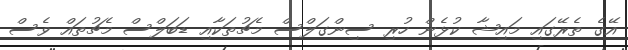
އޭގެ ތެރޭގައި މައިޝާ ކުޅެން ހުރި ސިންގަލްސް މެޗުތަކާއި ޑަބަލްސް މެޗުތައް ވެސް